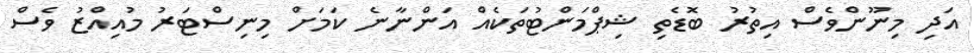
އަދި މިނޫންވެސް އިތުރު ބޮޑެތި ޝިޕްމަންޓުތަކެއް އަންނާނެ ކަމަށް މިނިސްޓަރު މުއިއްޒު ވެސް